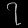
Digit: ၇